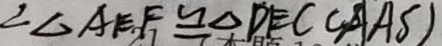
\angle \Delta A E F \cong \Delta D E C ( A A S )